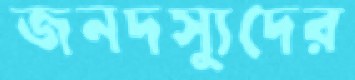
জনদস্যুদের